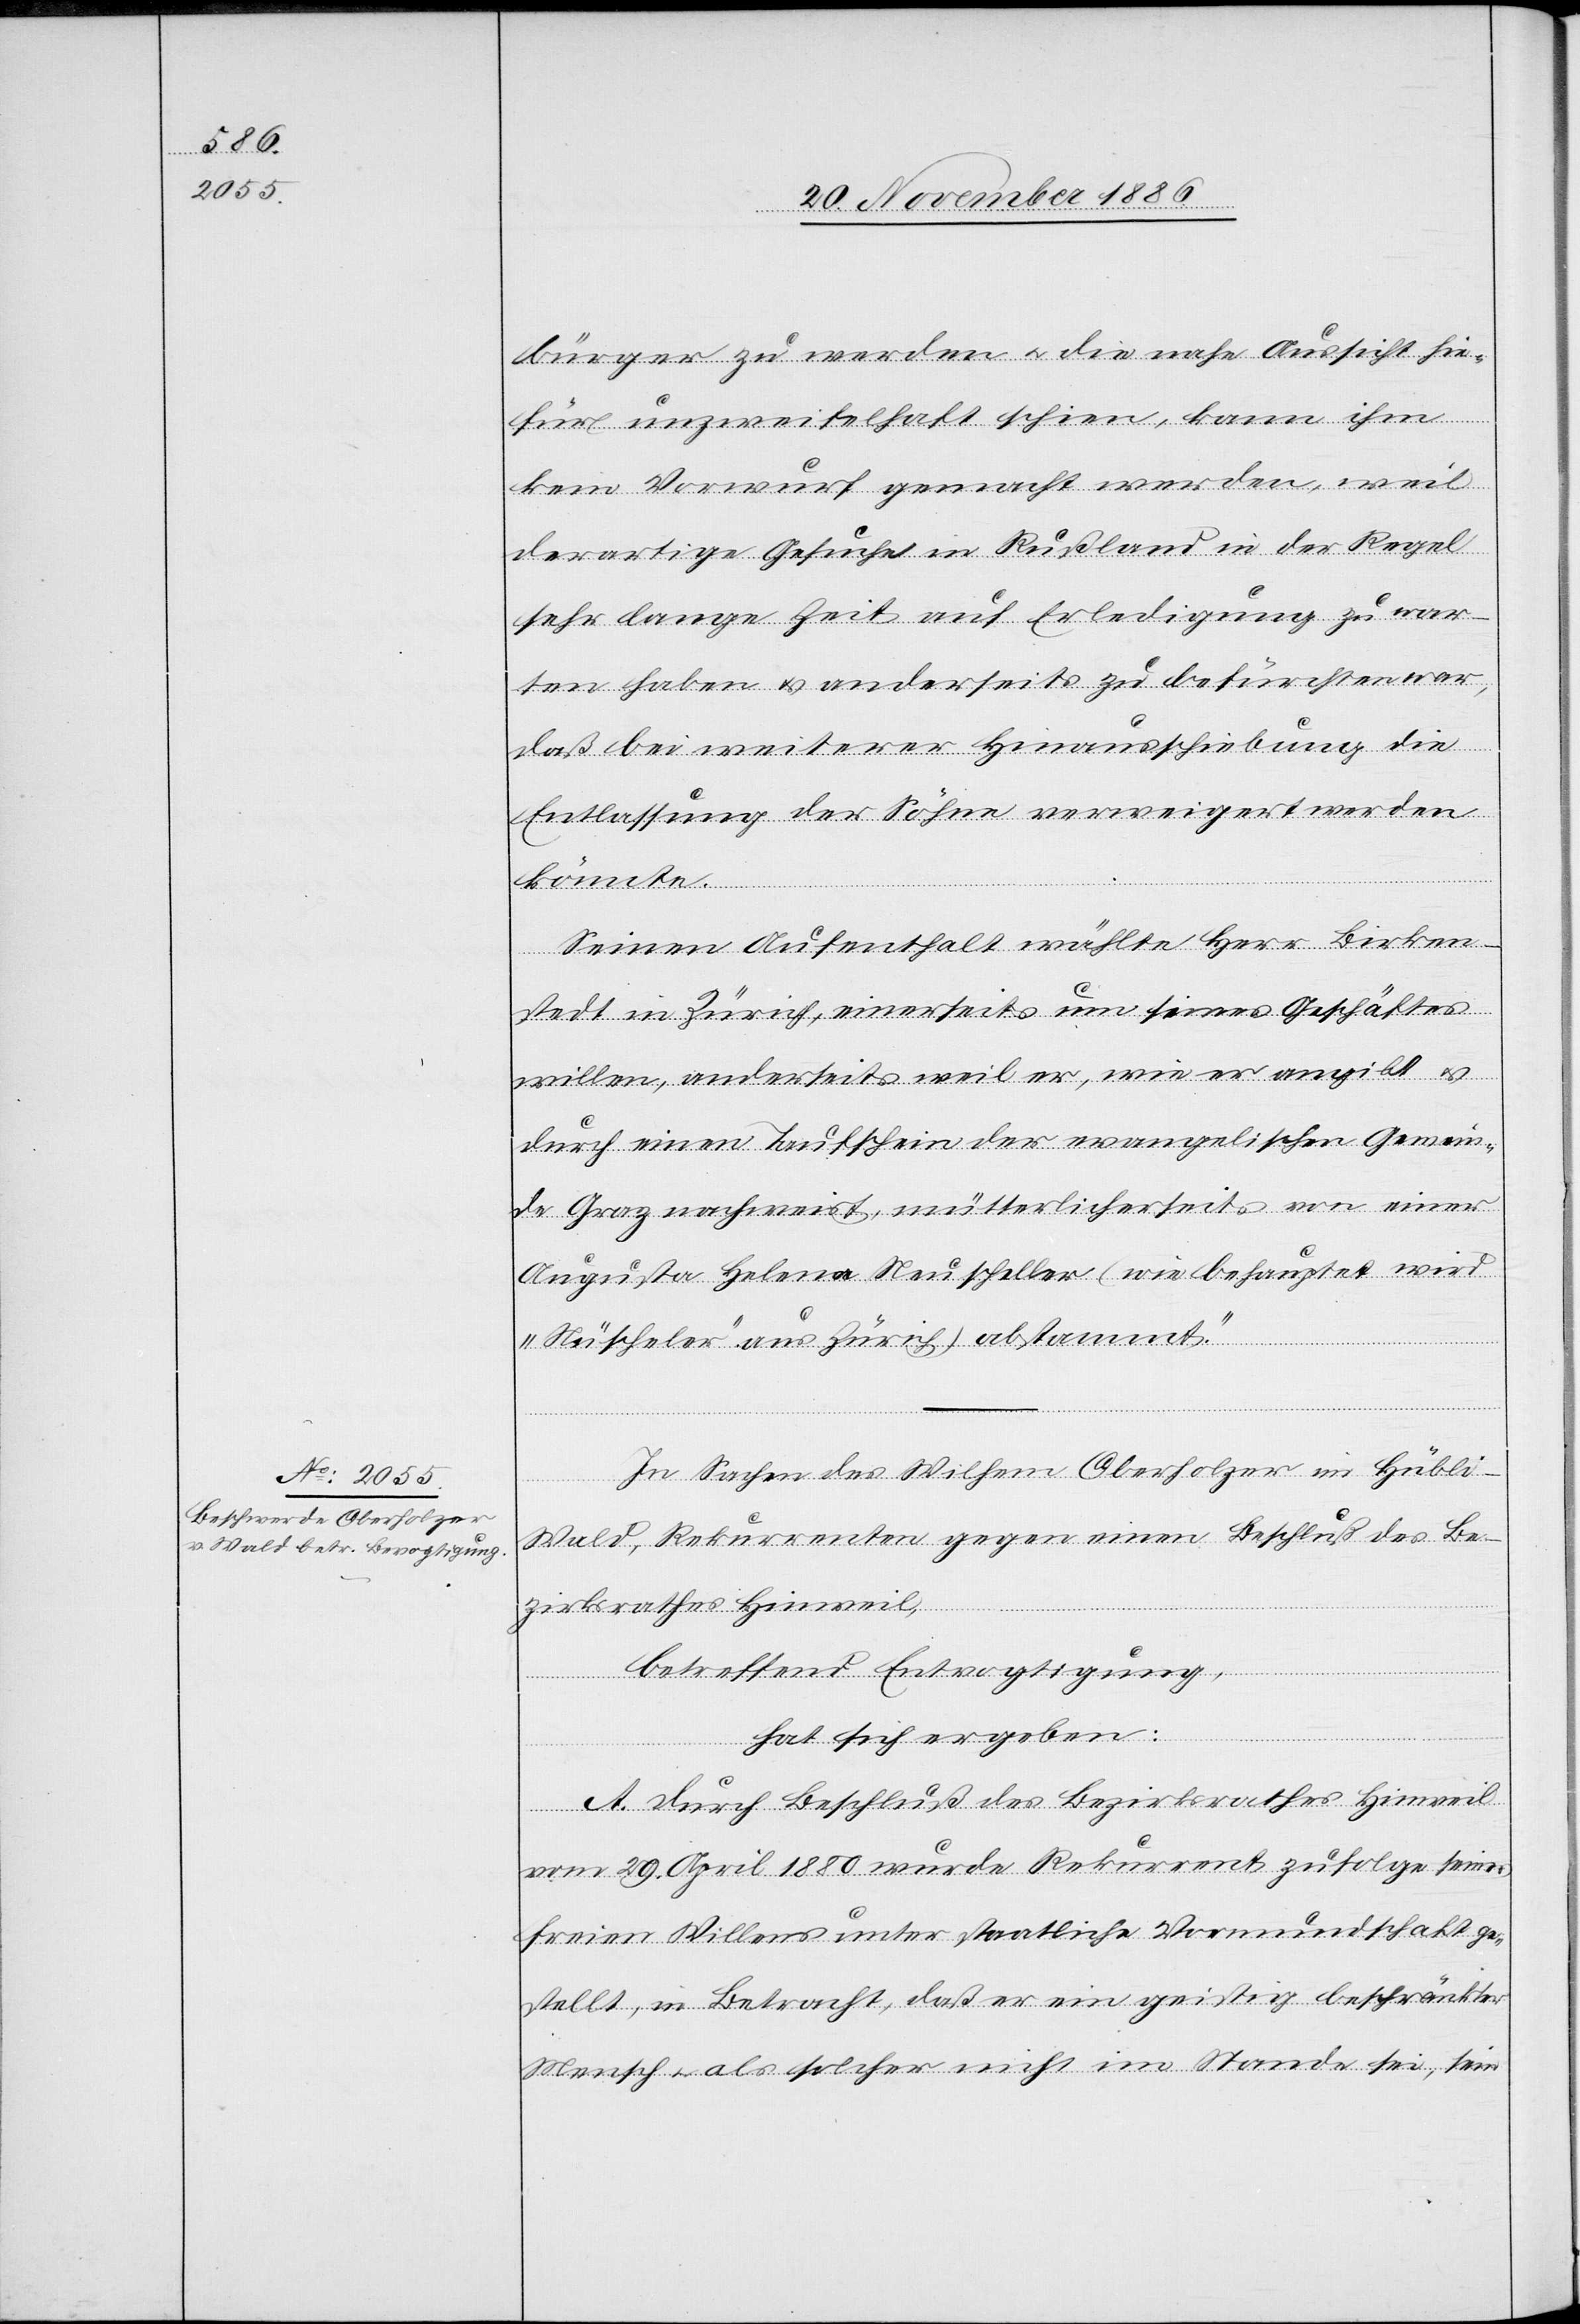
bürger zu werden & die nahe Aussicht hie¬
für unzweifelhaft schien, kann ihm
kein Vorwurf gemacht werden, weil
derartige Gesuche in Rußland in der Regel
sehr lange Zeit auf Erledigung zu war¬
ten haben & anderseits zu befürchten war,
daß bei weiterer Hinausschiebung die
Entlassung der Söhne verweigert werden
könnte.
Seinen Aufenthalt wählte Herr Birken¬
stedt in Zürich, einerseits um seines Geschäftes
willen, anderseits weil er, wie er angibt &
durch einen Taufschein der evangelischen Gemein¬
de Graz nachweist, mütterlicherseits von einer
Augusta Helena Neuscheller (wie behauptet wird
„Nüscheler“ aus Zürich) abstammt.“
In Sachen des Wilhe[l]m Oberholzer im Hübli -
Wald, Rekurrenten gegen einen Beschluß des Be¬
zirksrathes Hinweil,
betreffend Entvogtigung,
hat sich ergeben:
A. Durch Beschluß des Bezirksrathes Hinweil
vom 29. April 1880 wurde Rekurrent zufolge seines
freien Willens unter staatliche Vormundschaft ge¬
stellt, in Betracht, daß er ein geistig beschränkter
Mensch & als solcher nicht im Stande sei, sein